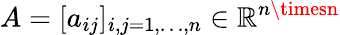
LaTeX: A=[a_{ij}]_{i,j=1,\dots,n}\in\mathbb{R}^{n\timesn}